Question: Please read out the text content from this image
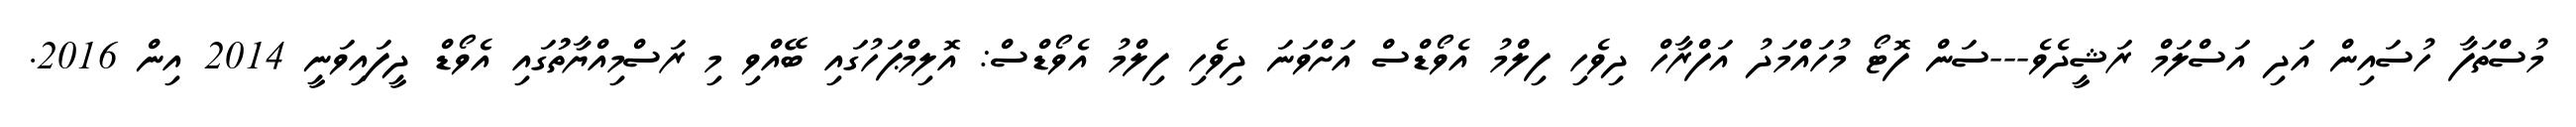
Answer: މުސްތަފާ ހުސައިން އަދި އަސްލަމް ރަޝީދެވެ---ސަން ފޮޓޯ މުހައްމަދު އަފްރާހް ދިވެހި ފިލްމު އެވޯޑްސް އަށްވަނަ ދިވެހި ފިލްމު އެވޯޑްސް: އޮލިމްޕަހުގައި ބޭއްވި މި ރަސްމިއްޔާތުުގައި އެވޯޑް ދީފައިވަނީ 2014 އިން 2016.